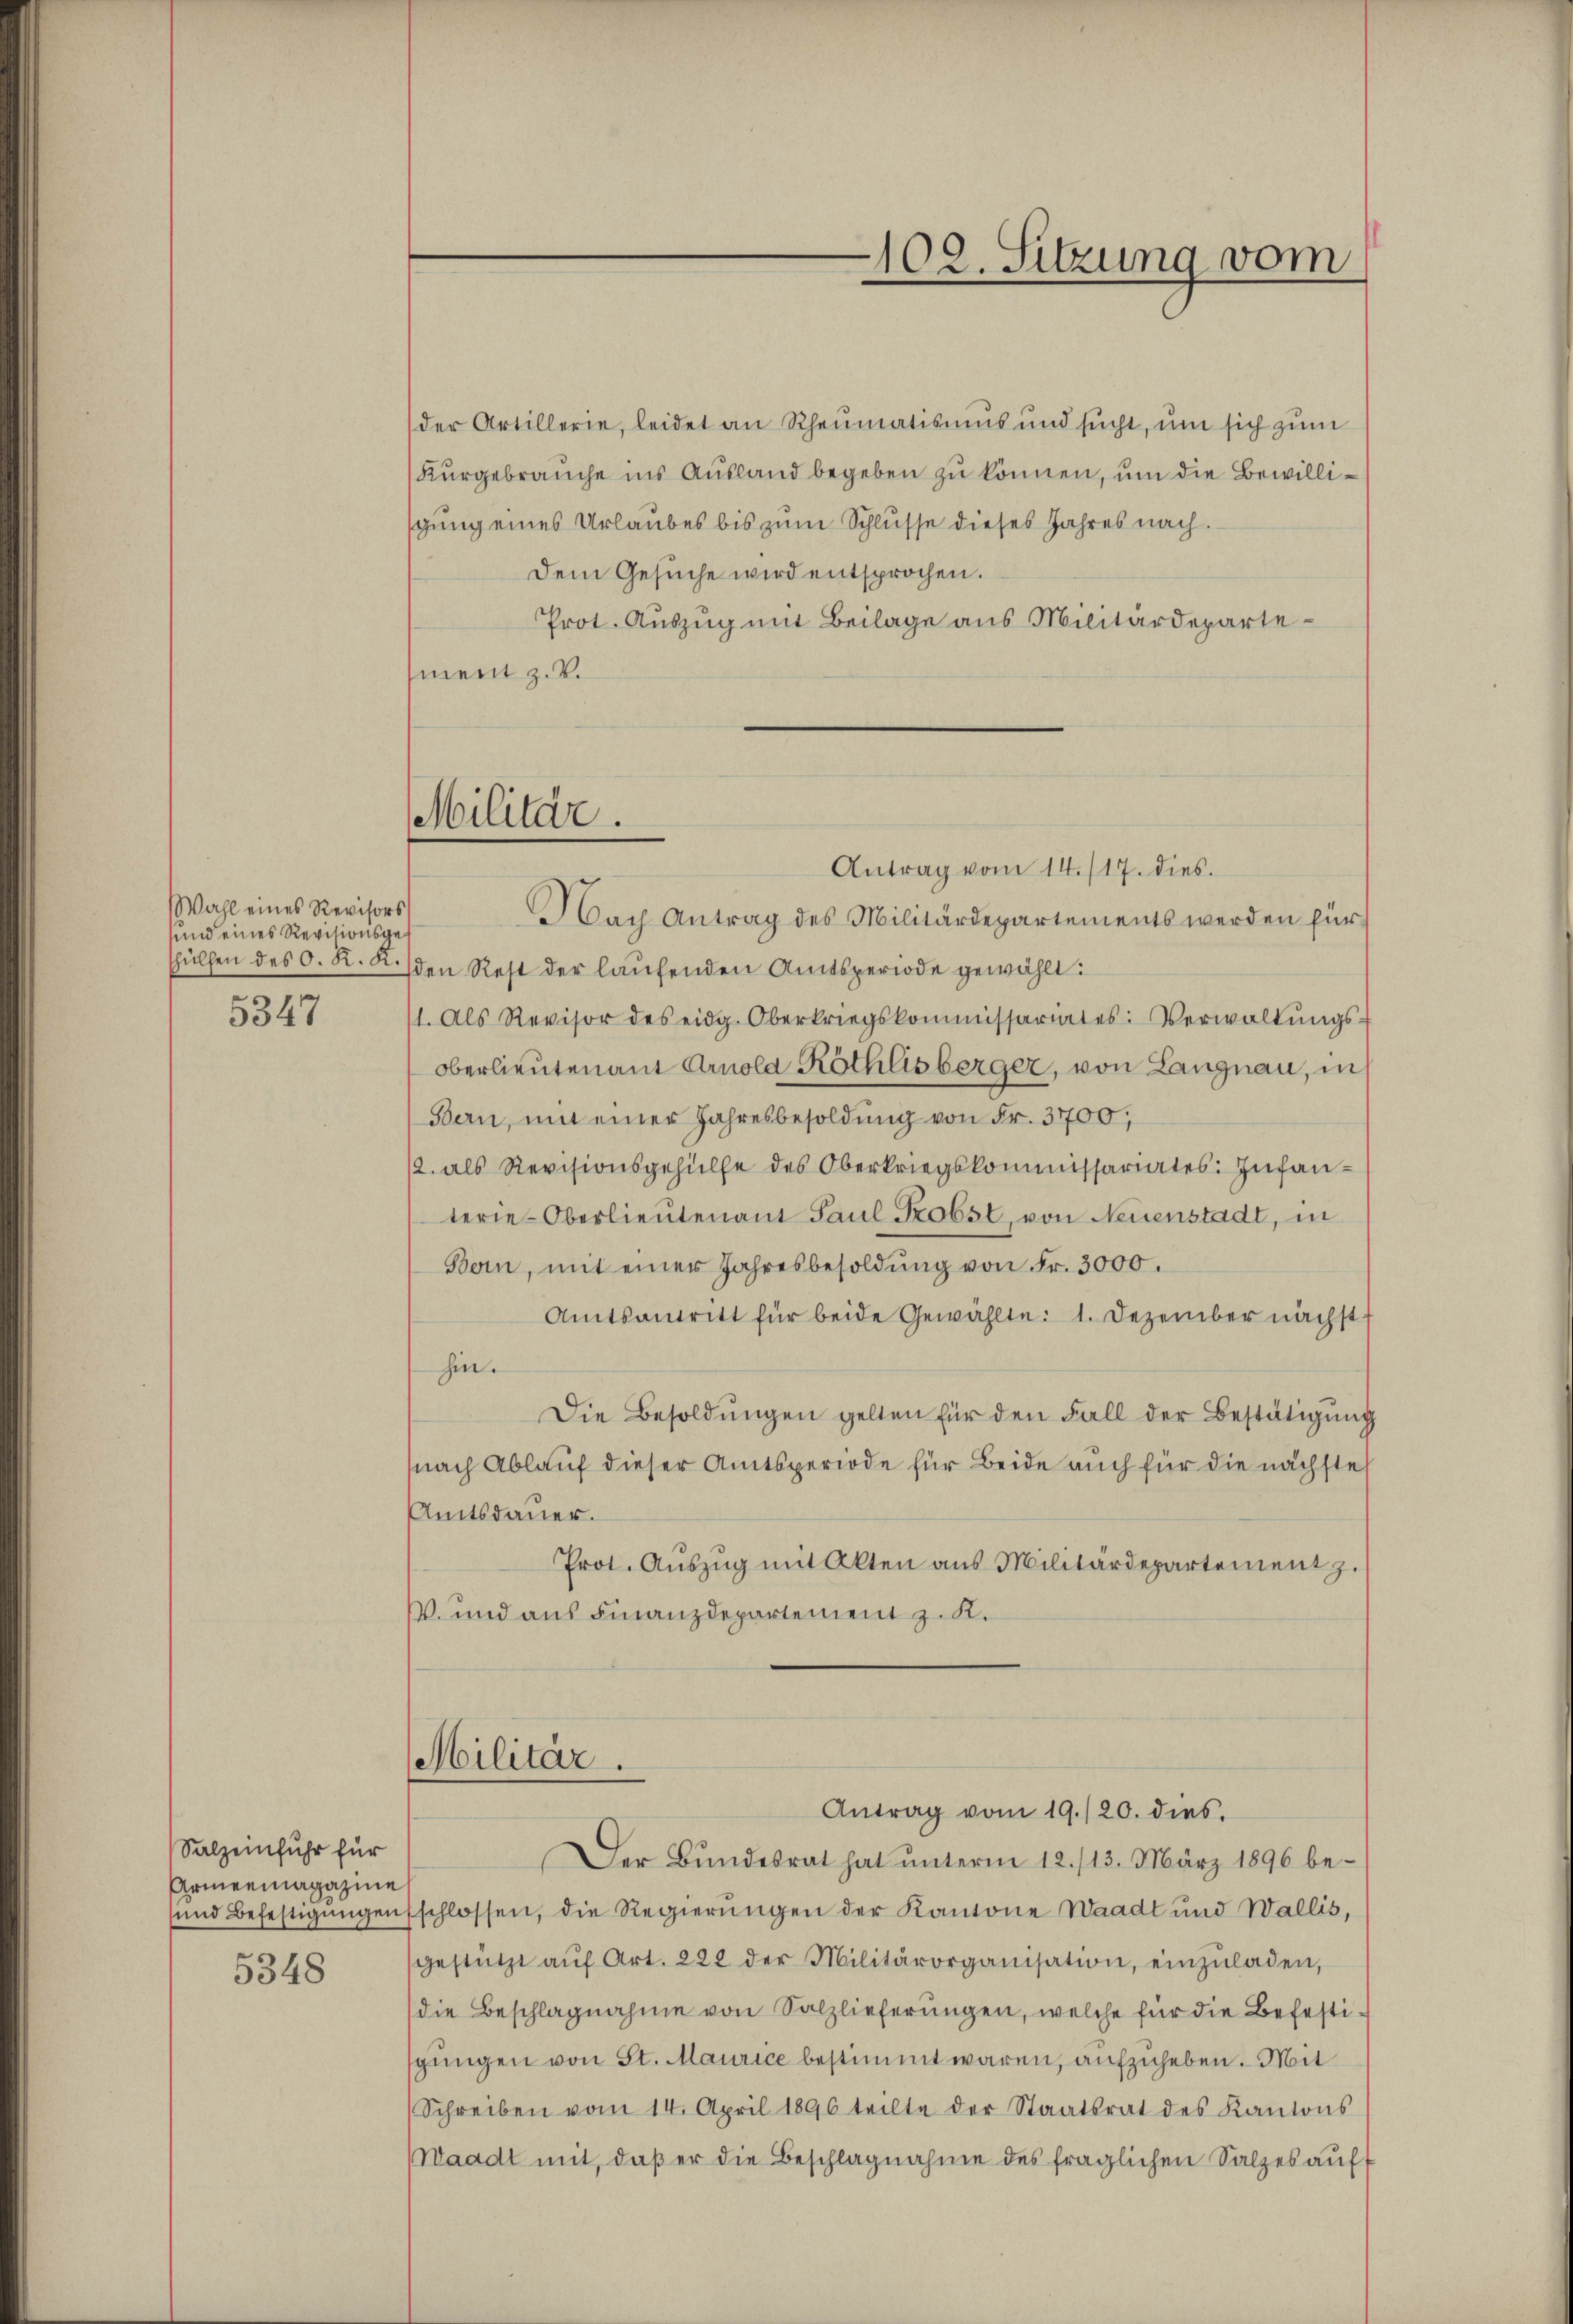
Wahl eines Revisors
und eines Revisionsgeshülfen des 0. K. K.
5347

Salzeinfuhr für
Armeemagazine
und Befestigungen
5348

der Artillerie, leidet an Rheumatismus und sucht, um sich zum
Kurgebrauche ins Ausland begeben zu können, um die Bewilligung eines Urlaubes bis zum Schlusse dieses Jahres nach.
Dem Gesŭche wird entsprochen.
Prot. Auszug mit Beilage aus Militärdepartement z. B.
Militär.

102. Sitzung vom

Antrag vom 14./17. dies
Nach Antrag des Militärdepartements werden für
den Rest der laufenden Amtsperiode gewählt:
/1. Als Revisor des eidg. Oberkriegskommissariates: Verwaltŭngs-
Oberlieutenant Arnola Röthlisberger, von Langnau, in
Bern, mit einer Jahresbesoldung von Fr. 3700,
12. als Revisionsgehülfe des Oberkriegskommissariates: Infanterie-Oberlieutenant Paul Probst, von Neuenstadt, in
Bern, mit einer Jahresbesoldung von Fr. 3000.
Amtsantritt für beide Gewählte: 1. Dezember nächst
hin.
Die Besoldŭngen gelten für den Fall der Bestätigung
nach Ablauf dieser Amtsperiode für Beide auch für die nächste
Amtsdauer.
Prot. Aŭszŭg mit Akten aus Militärdepartement z.
V. und aus Finanzdepartement z. K.
Militär.
Antrag vom 19./20. dies
Der Bundesrat hat unterm 12./13. März 1896 beschlossen, die Regierungen der Kantone Waadt und Wallis,
gestützt aŭf Art. 222 der Militärorganisation, einzŭladen,
die Beschlagnahme von Salzlieferungen, welche für die Befestigungen von St. Maurice bestimmt waren, aufzuheben. Mit
Schreiben vom 14. April 1896 teilte der Staatsrat des Kantons
Waadt mit, daß er die Beschlagnahme des fraglichen Salzes auf